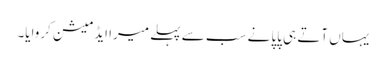
یہاں آتے ہی پاپا نے سب سے پہلے میرا ایڈمیشن کروایا۔